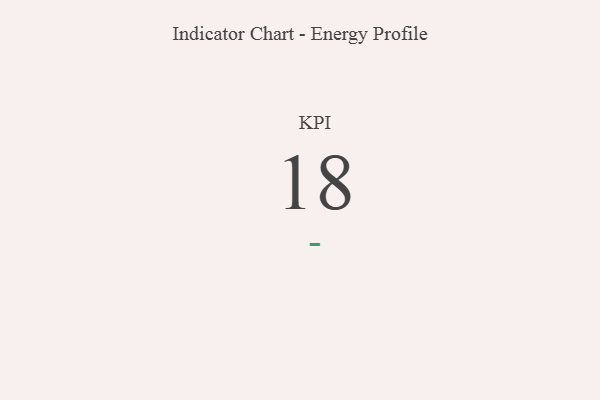
{"axis": {"x": "KPI", "y": "Value"}, "legend": [""], "data": [{"x": "KPI", "y": 18, "type": ""}]}